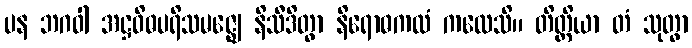
ပန ဘဂဝါ အဋ္ဌဝိဓပရိသမဇ္ဈေ နိသီဒိတွာ နိရောဓကထံ ကထေသိ။ တိတ္ထိယာ တံ သုတွာ